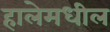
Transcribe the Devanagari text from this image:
हालेमधील